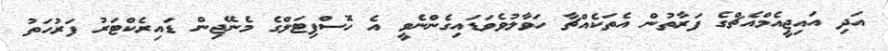
އަދި އައިޖީއެމްއެޗްގެ ފަރާތުން އެތަކެއްޗާ ހަވާލުވެވަޑައިގެންނެވީ އެ ހޮސްޕިޓަލްގެ މެނޭޖިން ޑައިރެކްޓަރު ފަރުހަތު